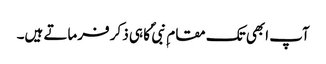
آپ ابھی تک مقام ِ نبی ؐ کا ہی ذکر فرماتے ہیں۔